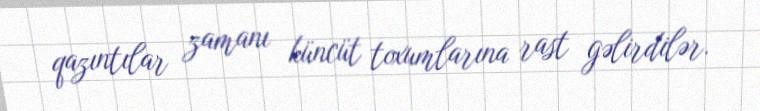
qazıntılar zamanı küncüt toxumlarına rast gəlirdilər.